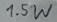
Text: 1.5W